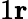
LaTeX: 1\le r